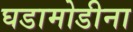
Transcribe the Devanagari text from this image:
घडामोडीना